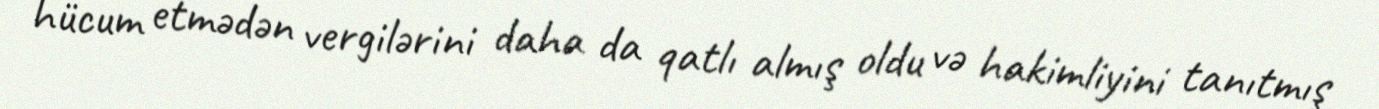
hücum etmədən vergilərini daha da qatlı almış oldu və hakimliyini tanıtmış